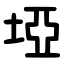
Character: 埡